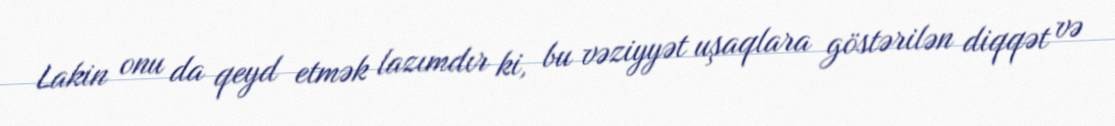
Lakin onu da qeyd etmək lazımdır ki, bu vəziyyət uşaqlara göstərilən diqqət və